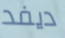
ديفد